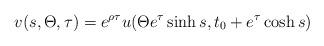
LaTeX: \begin{align*} v(s, \Theta, \tau) = e^{\rho \tau} u (\Theta e^\tau \sinh s, t_0 + e^\tau \cosh s)\end{align*}